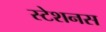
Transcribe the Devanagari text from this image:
स्टेशनस